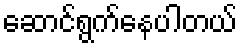
ဆောင်ရွက်နေပါတယ်